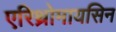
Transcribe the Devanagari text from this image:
एरिथ्रोमायसिन